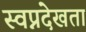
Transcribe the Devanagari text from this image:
स्वप्नदेखता